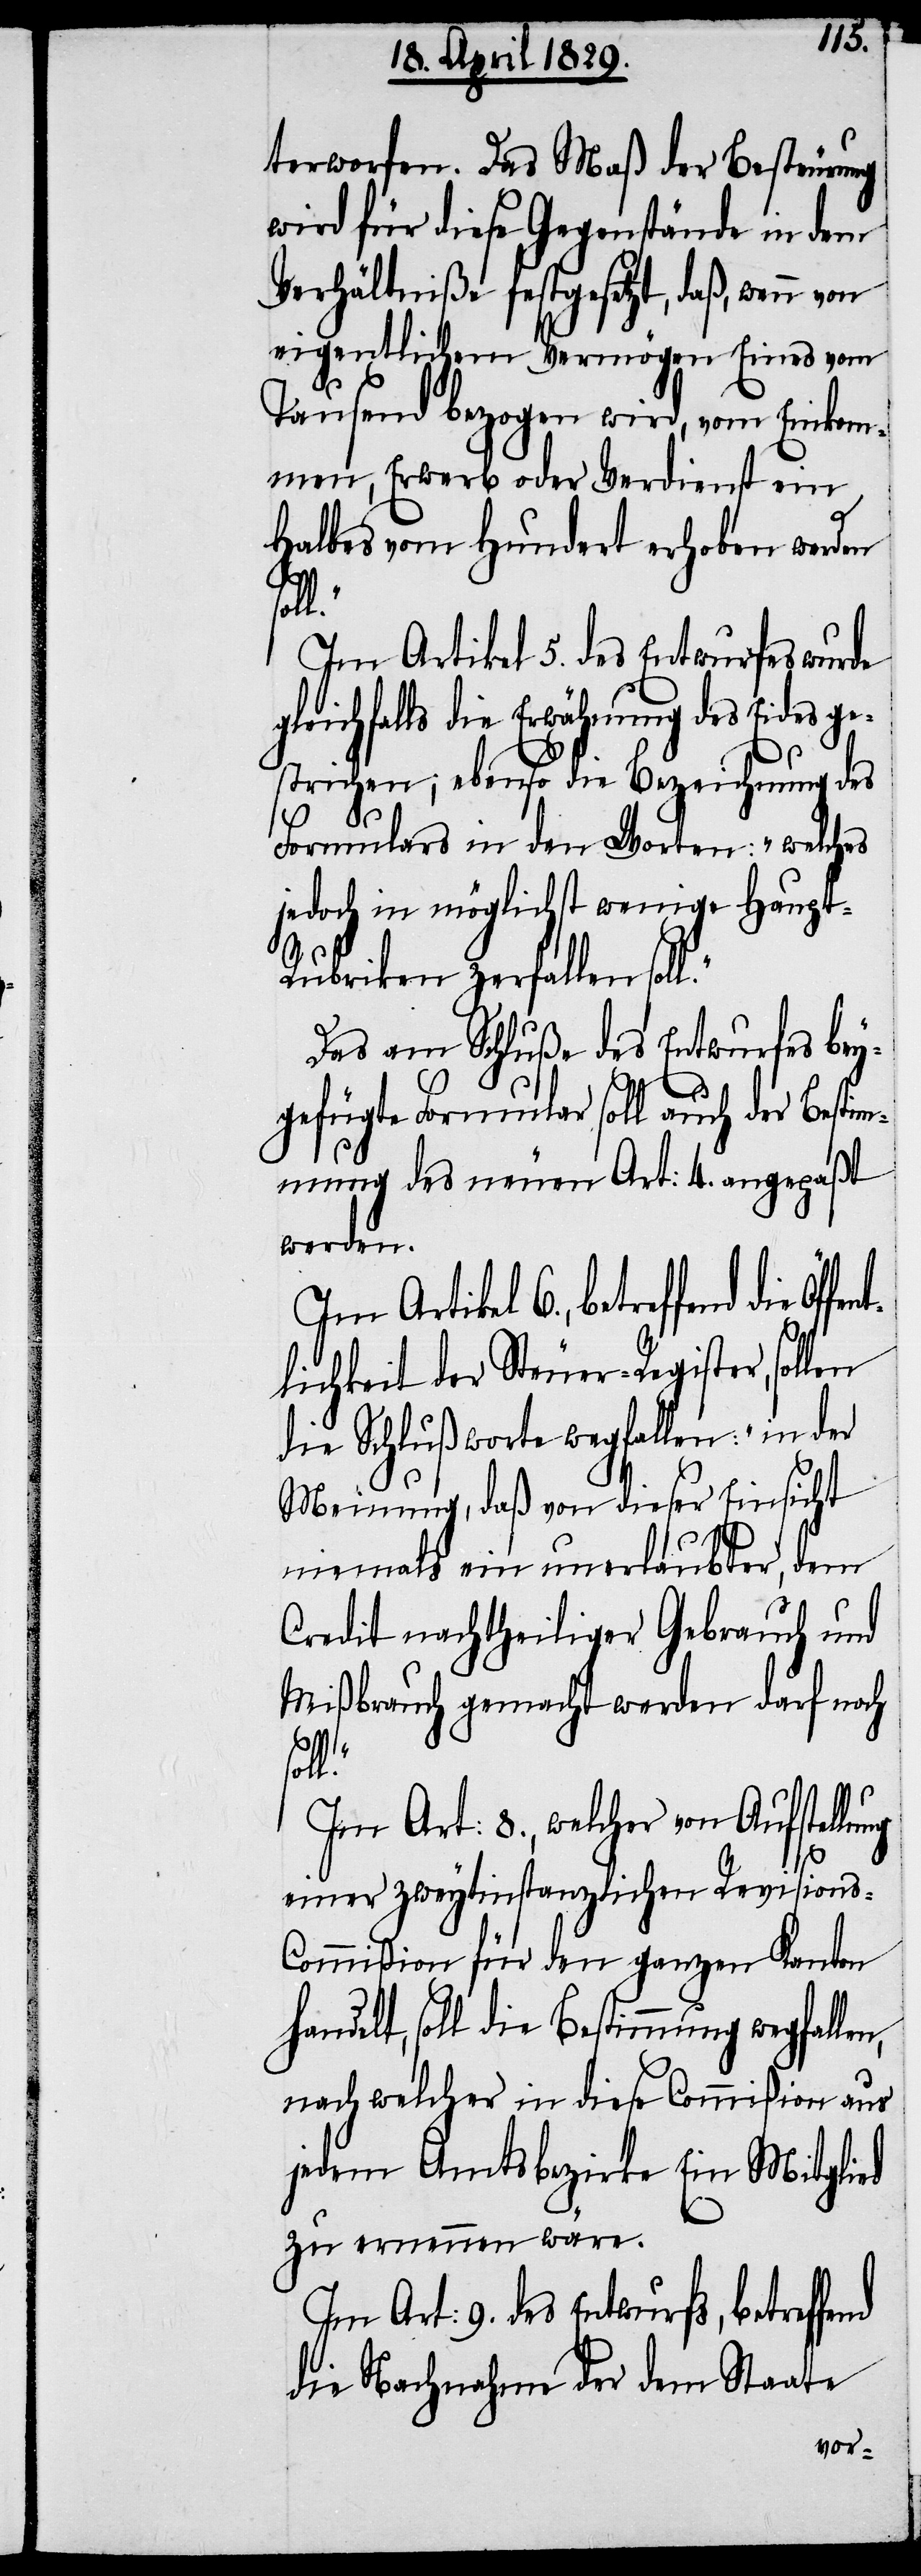
terworfen. Das Maß der Besteurung
wird für diese Gegenstände in dem
Verhältniße festgesetzt, daß, wenn
eigentlichem Vermögen Eines vom
Tausend bezogen wird, vom Einkom¬
men, Erwerb oder Verdienst ein
Halbes vom Hundert erhoben werden
fent¬
Im Artikel 5. des Entwurfes wurde
eichfalls die Erwähnung des Eides g¬
estrichen; ebenso die Bezeichnung des
Formulars in den Worten: „welches
jedoch in möglichst wenige Haupt-R¬
ubriken zerfallen sol¬
Das am Schluße des Entwurfes bey¬
gefügte Formular soll auch der Besti¬
mmung des neuen Art: 4. angepaßt
werden.
Im Artikel 6., betreffend die Öf¬
lichkeit der Steuer-Register, sollen
die Schlußworte wegfallen: „in der
Meinung, daß von dieser Einsicht
niemals ein unerlaubter, dem
Credit nachtheiliger Gebrauch und
Mißbrauch gemacht werden darf noch
nd
soll.“
Im Art: 8., welcher von Aufstellung
einer zweytinstanzlichen Revision¬
s-Commißion für den ganzen Kanton
handelt, soll die Bestimmung wegfallen,
nach welcher in diese Commißion aus
jedem Amtsbezirke Ein Mitglied
zu ernennen wäre.
Im Art: 9. des Entwurfs, betreffe¬
die Nachnahme der dem Staate